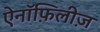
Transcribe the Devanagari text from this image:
ऐनॉफ़िलीज़